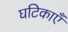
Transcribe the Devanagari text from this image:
घटिकाएँ